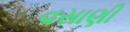
વસાણી